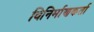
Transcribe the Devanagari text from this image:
विनिर्माणकर्ता